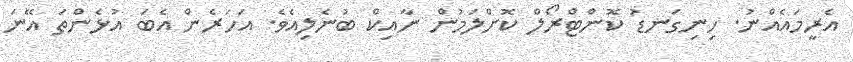
އެރީމައެއްނު. ހިނިގަނޑު ކޮންޓްރޯލް ކޮށްލަމުން ނާއިކް ބުނެލިއެވެ. އަހަރެން އެބަ އުޅެންތަ އޭނަ